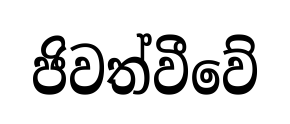
ජිවත්වීවේ